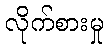
လိုက်စားမှု